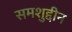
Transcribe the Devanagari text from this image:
समशुद्दीन